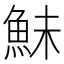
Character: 鮇